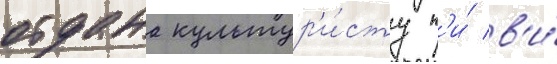
отдана культур'и́сту п'и́ в'и́